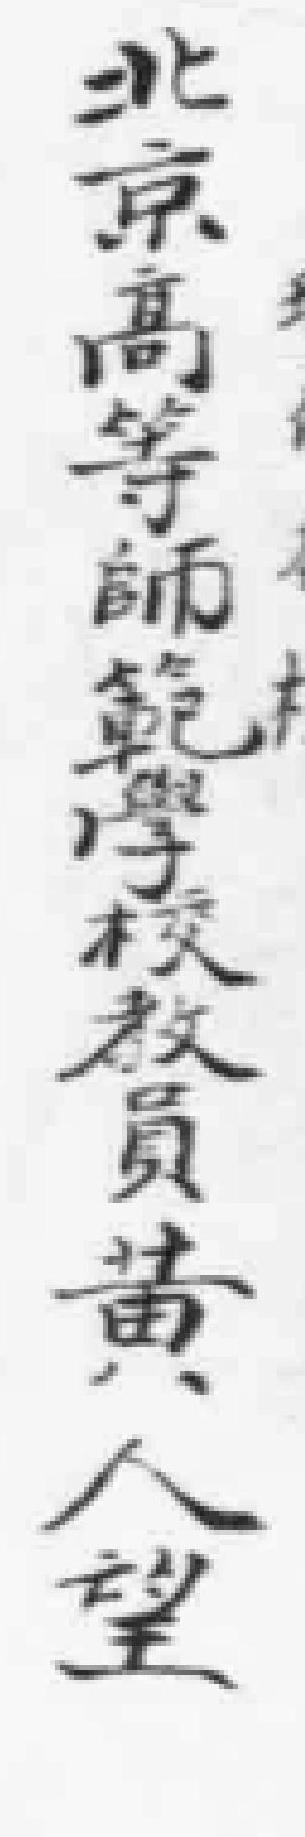
北京高等師範學校教員黃人望